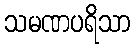
သမဏပရိသာ